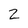
Character: 2